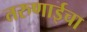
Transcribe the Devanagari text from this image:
तरुणाईचा